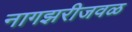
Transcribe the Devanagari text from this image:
नागझरीजवळ